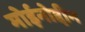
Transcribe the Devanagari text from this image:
मोईनोद्दीन